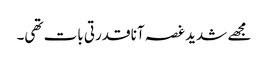
مجھے شدید غصہ آنا قدرتی بات تھی۔